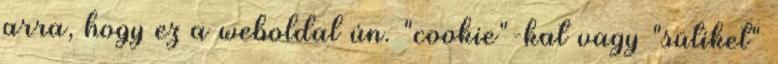
arra, hogy ez a weboldal ún. "cookie"-kat vagy "sütiket"